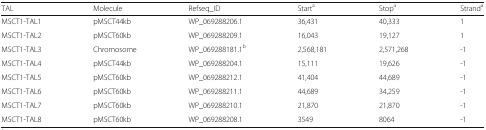
| TAL | Molecule | Refseq_ID | Starta | Stopa | Stranda |
 | --- | --- | --- | --- | --- | --- |
 | MSCT1-TAL1 | pMSCT44kb | WP_069288206.1 | 36,431 | 40,333 | 1 |
 | MSCT1-TAL2 | pMSCT60kb | WP_069288209.1 | 16,043 | 19,127 | 1 |
 | MSCT1-TAL3 | Chromosome | WP_069288181.1b | 2,568,181 | 2,571,268 | -1 |
 | MSCT1-TAL4 | pMSCT44kb | WP_069288204.1 | 15,111 | 19,626 | -1 |
 | MSCT1-TAL5 | pMSCT60kb | WP_069288212.1 | 41,404 | 44,689 | -1 |
 | MSCT1-TAL6 | pMSCT60kb | WP_069288211.1 | 44,689 | 34,259 | -1 |
 | MSCT1-TAL7 | pMSCT60kb | WP_069288210.1 | 21,870 | 21,870 | -1 |
 | MSCT1-TAL8 | pMSCT60kb | WP_069288208.1 | 3549 | 8064 | -1 |